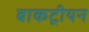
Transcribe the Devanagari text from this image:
बाकट्रीयन